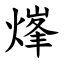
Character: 㷨